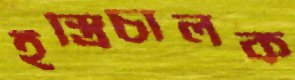
ইস্ত্রিচালক